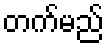
တက်မည်